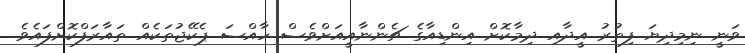
ވަނީ ނިމިދިޔަ ފިތުރު އީދާއި ދިމާކޮށް އިންޑިއާގެ ޗެންނާއީއަށްވެސް ހާއްސަ ޕެކޭޖުތަކެއް ތައާރަފްކޮށްފައެވެ.